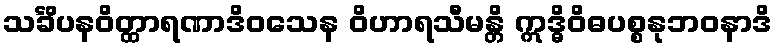
သင်္ခိပနဝိတ္ထာရဏာဒိဝသေန ဝိဟာရသီမန္တိ ဣဒ္ဓိဝိဓပစ္စနုဘဝနာဒိ